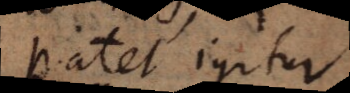
tet igitur,